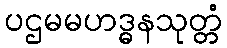
ပဌမမဟဒ္ဓနသုတ္တံ